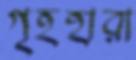
গৃহহারা